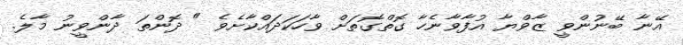
އޭނާ ބޭނުންވީ ޒާވްޔާ އުފާވާނެހާ ގޮތްގޮތަށް ވާހަކަދައްކާށެވެ " ދޮންތަ ދާންވީނު މާލެ.